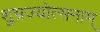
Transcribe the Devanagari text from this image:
शुभ्रज्योत्सनाम्